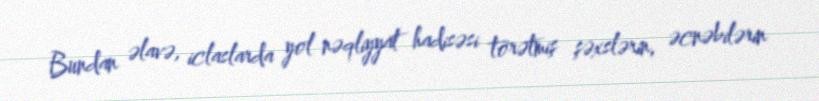
Bundan əlavə, iclaslarda yol nəqliyyat hadisəsi törətmiş şəxslərin, əcnəbilərin